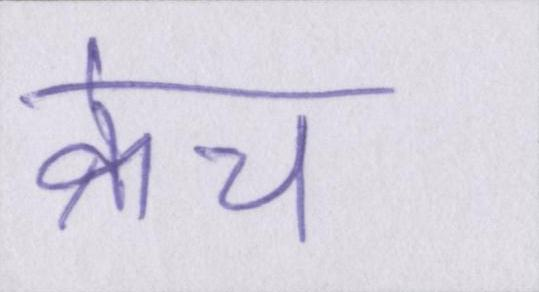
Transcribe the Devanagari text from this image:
क्रेच